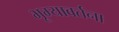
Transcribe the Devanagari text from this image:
भूम्यावर्तना